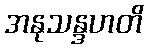
အနုသန္ဒဟတိ